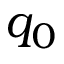
q _ { 0 }